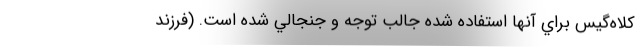
کلاه‌گيس براي آنها استفاده شده جالب توجه و جنجالي شده است. (فرزند